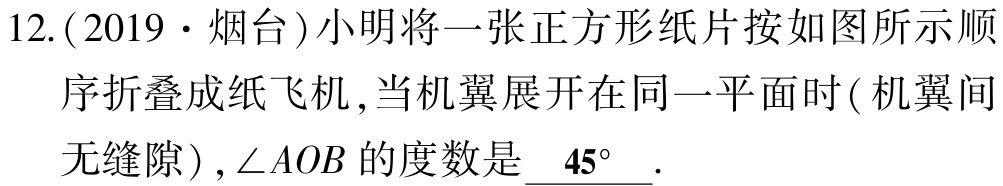
12.(2019·烟台)小明将一张正方形纸片按如图所示顺序折叠成纸飞机,当机翼展开在同一平面时(机翼间无缝隙),$\angle AOB$的度数是$\underline{45^{\circ}}$.